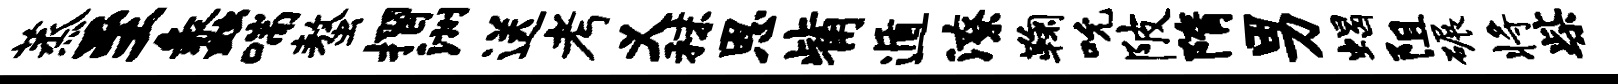
蒸至蠡喘螯摺洲送考义秣恩觜遁潦鞠吮陂隋男蝎阻碾将柴